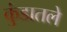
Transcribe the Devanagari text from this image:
कुंडातले